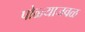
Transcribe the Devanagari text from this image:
पोळ्याजवळ